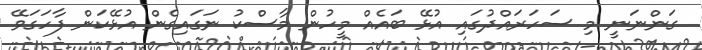
ގަންނަނީ މި ސަހަރައްދުގައި އުޅޭ ބައެއް މީހުން މާސްކު ނަގައިގެން އުޅޭކަން ފާހަގަވޭ